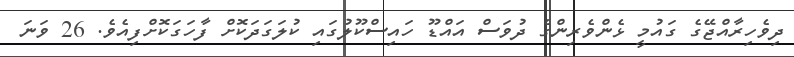
ދިވެހިރާއްޖޭގެ ގައުމީ ޅެންވެރިންގެ ދުވަސް އައްޑޫ ހައިސްކޫލުގައި ކުލަގަދަކޮށް ފާހަގަކޮށްފިއެވެ. 26 ވަނަ